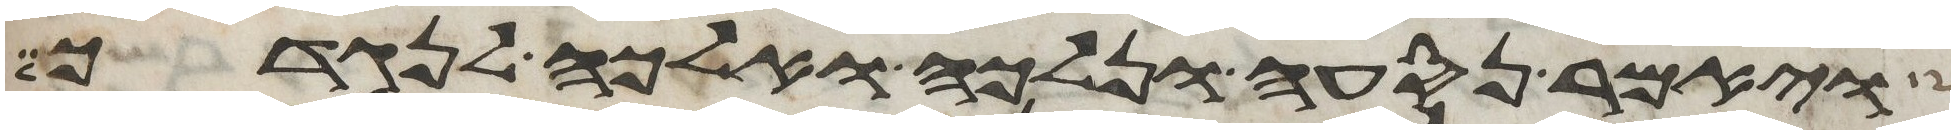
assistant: ויאמר נסעה ונלכה ואלכה לנגדך